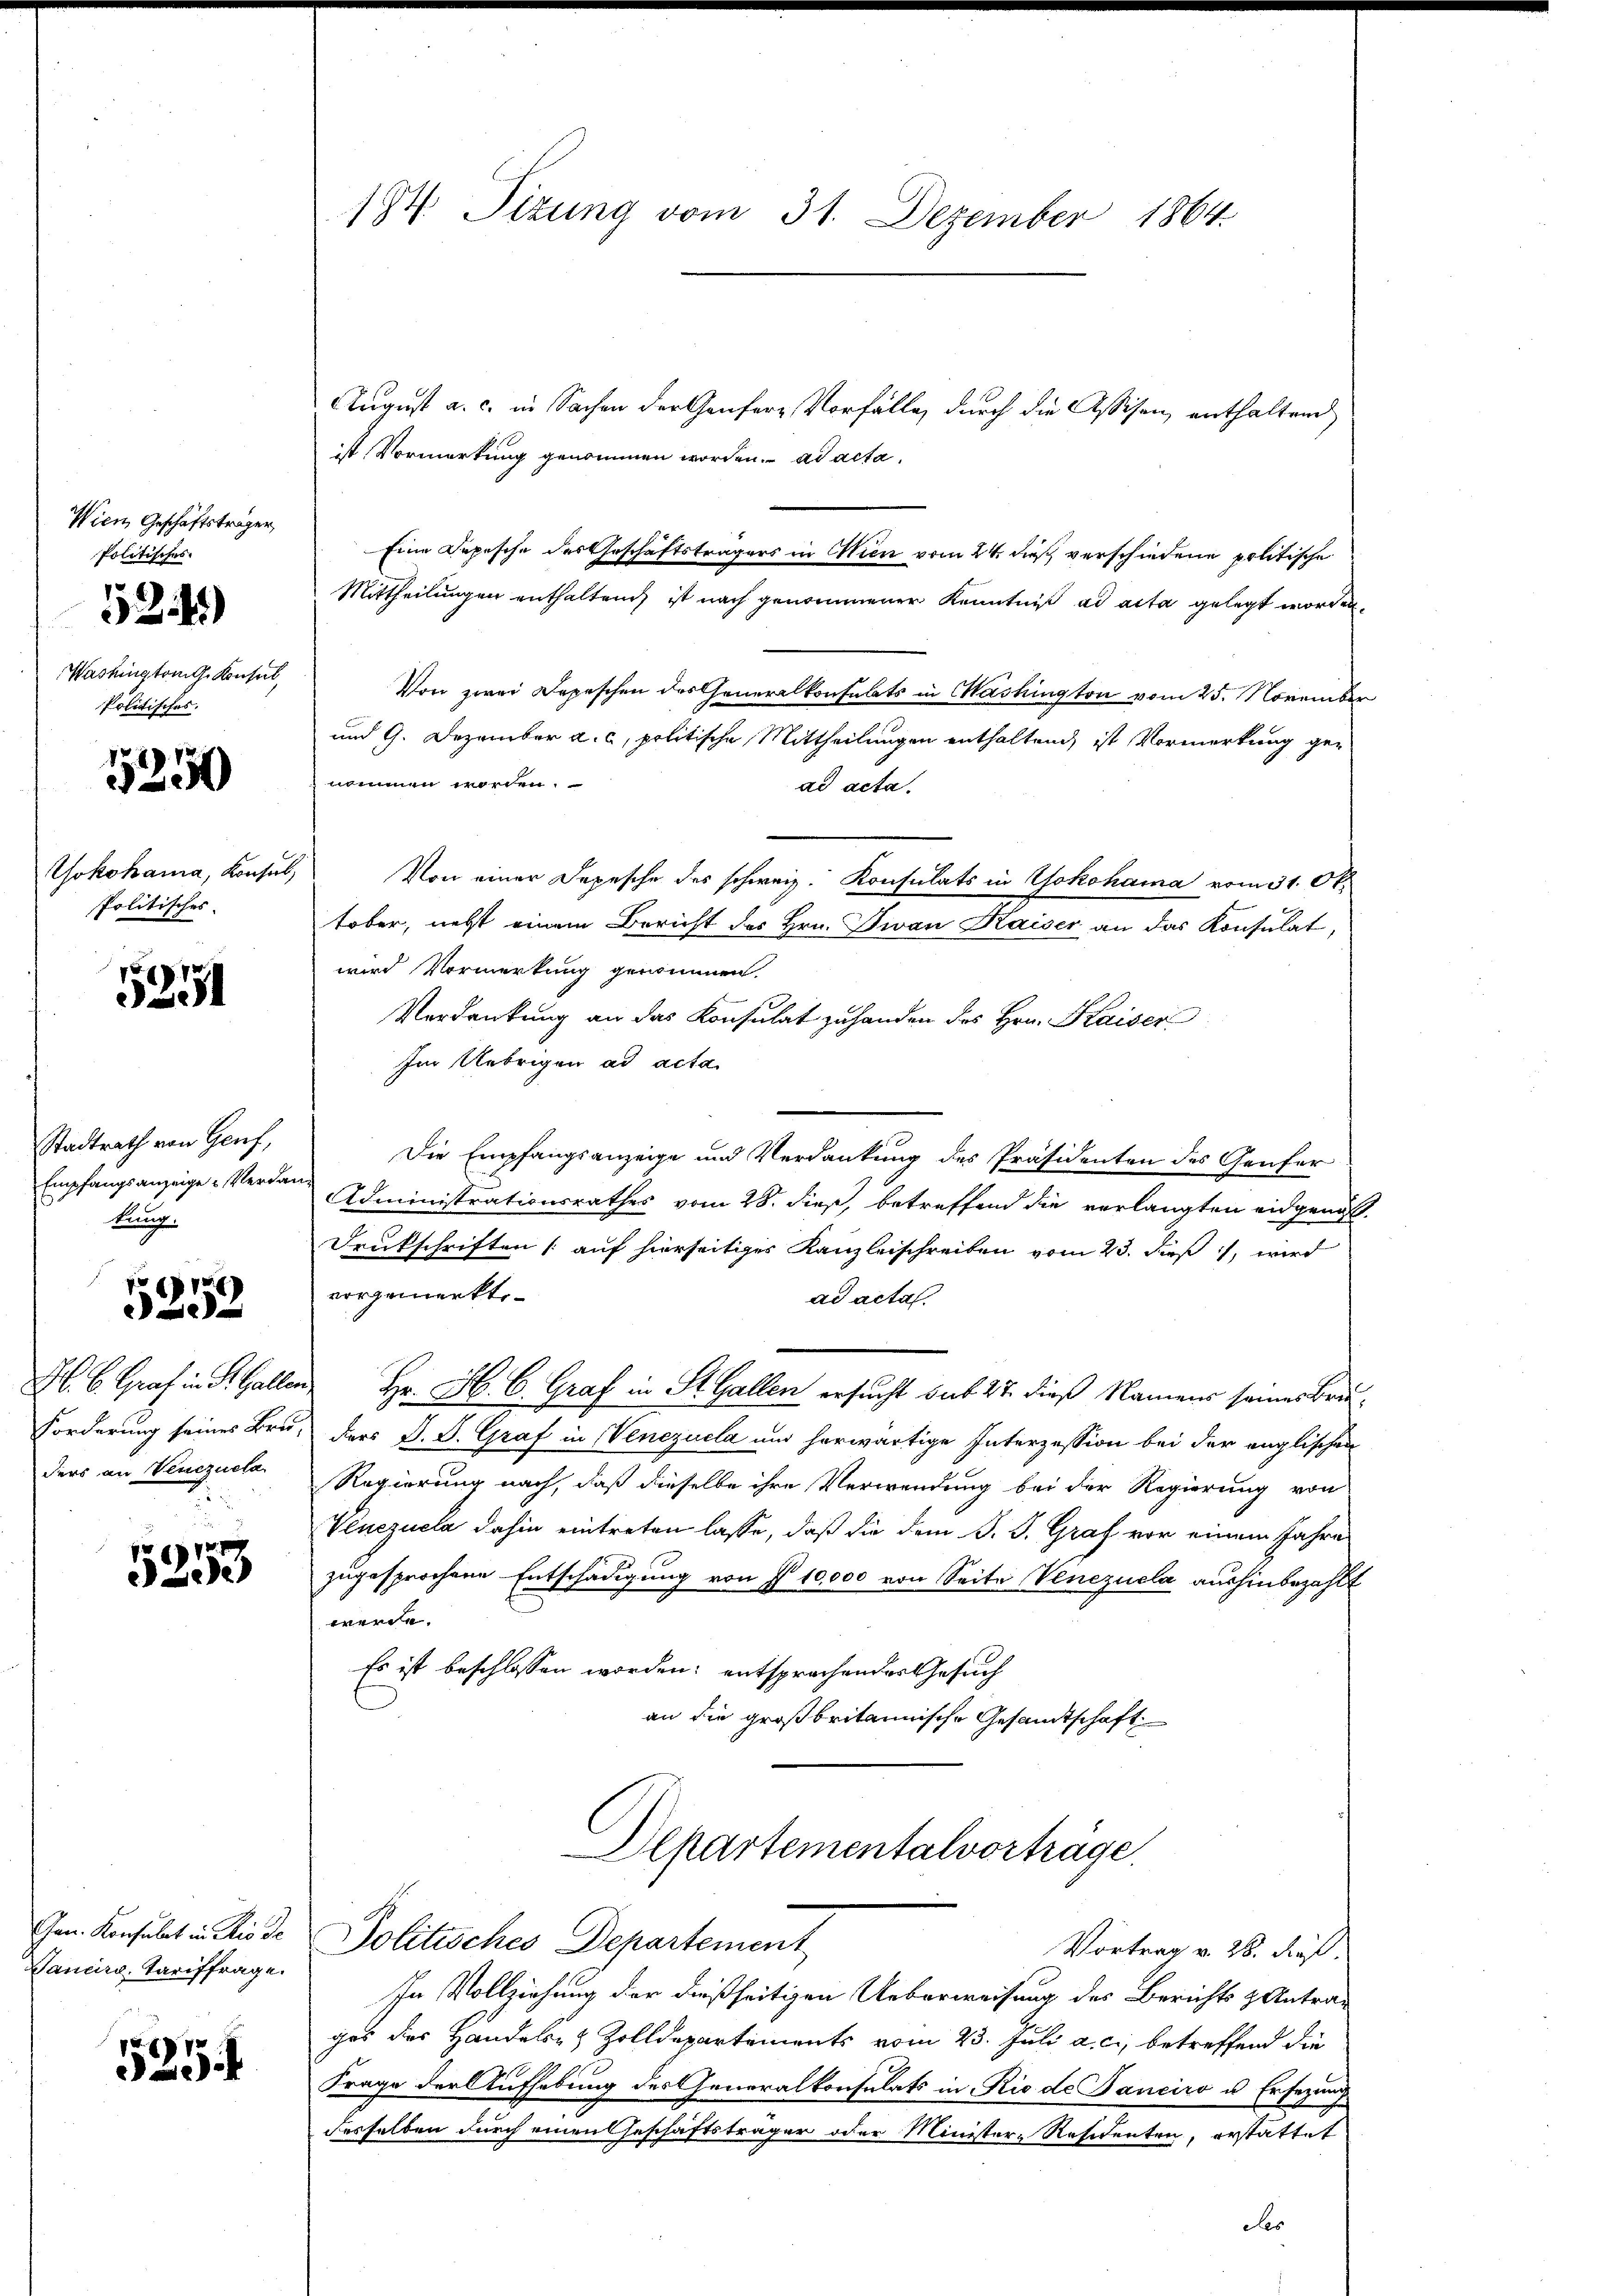
Wien Geschäftsträger
Politisches
524)
Washington Konserk
Politisches.

5250

Yokohama, Konsul
politisches

527

Stadtrath von Genf,
Empfangsanzeige Verdan
kung.

g
e

H. B. Graf in S. Galler
Forderung seines Bruders an Venezueta

5253

Gen. Konsulat in Rio de
Vancire Tariffrage.

525

14. Titung vom 31. Dezember 1864

August a. c. in Sachen der Genfere Vorfälle, durch die Assisen, enthaltend
ist Vormerkung genommen worden. ad acta,
Eine Depesche des Geschäftsträgers in Wien vom 24. dieß verschiedene politische
Mittheilungen enthalten, ist nach genommener Kenntniß ad acta gelegt worden,
Von zwei Depeschen des Generalkonsulats in Washington vom 25. November
und 9. Dezember a. c, politische Mittheilungen enthaltend, ist Vormerkung genommen worden.
ad acta.
Von einer Depesche des schweiz. Konsulats in Yokohama vom 31. Oktober, nebst einem Bericht des Hrn. Fian Kaiser an das Konsulat,
wird Vormerkung genommen.
Verdankung an das Konsulat zu handen des Hrn. Kaiser
Im Uebrigen ad acta.
Die Empfangsanzeige und Verdankung des Präsidenten des Genfer
Administrationsrathes vom 28. dieß, betreffend die verlangten eidgenöß
Deutschriften (auf hierseitiges Kanzleischreiben vom 23. dieß, wird
vorgemerkte.
ad acta.
Hr. H. C. Graf in St. Gallen ersucht sub 27. dieß Namens seines Bruders J. J. Graf in Venezuela und herwärtige Interzession bei der englischen
Regierung nach, daß dieselbe ihre Verwendung bei der Regierung von
Venezuela dahin eintreten lasse, daß die dem J. J. Graf vor einem Jahre
zugesprochene Entschädigung von § 10,000 von Seite Venezuela aushinbezahlt
werde.
Es ist beschlossen worden; entsprochendes Gesuch
an die großbritannische Gesandtschaft
Departementalvorträge.
Politisches Departement
Vortrag v. 28. dieß.
In Vollziehung der dießseitigen Ueberweisung des Berichts & Antrages des Handels- & Zolldepartements vom 23. Juli a. c., betreffend die
Frage der Aufhebung des Generalkonsulats in Rio de Banciro u. Ersezung
desselben durch einen Geschäftsträger oder Minister-Residenten, erstattet
des